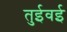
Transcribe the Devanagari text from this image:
तुईवई